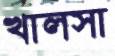
খালসা